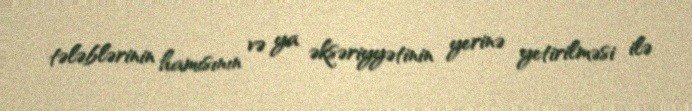
tələblərinin hamısının və ya əksəriyyətinin yerinə yetirilməsi ilə